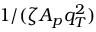
1 / ( \zeta A _ { p } q _ { T } ^ { 2 } )